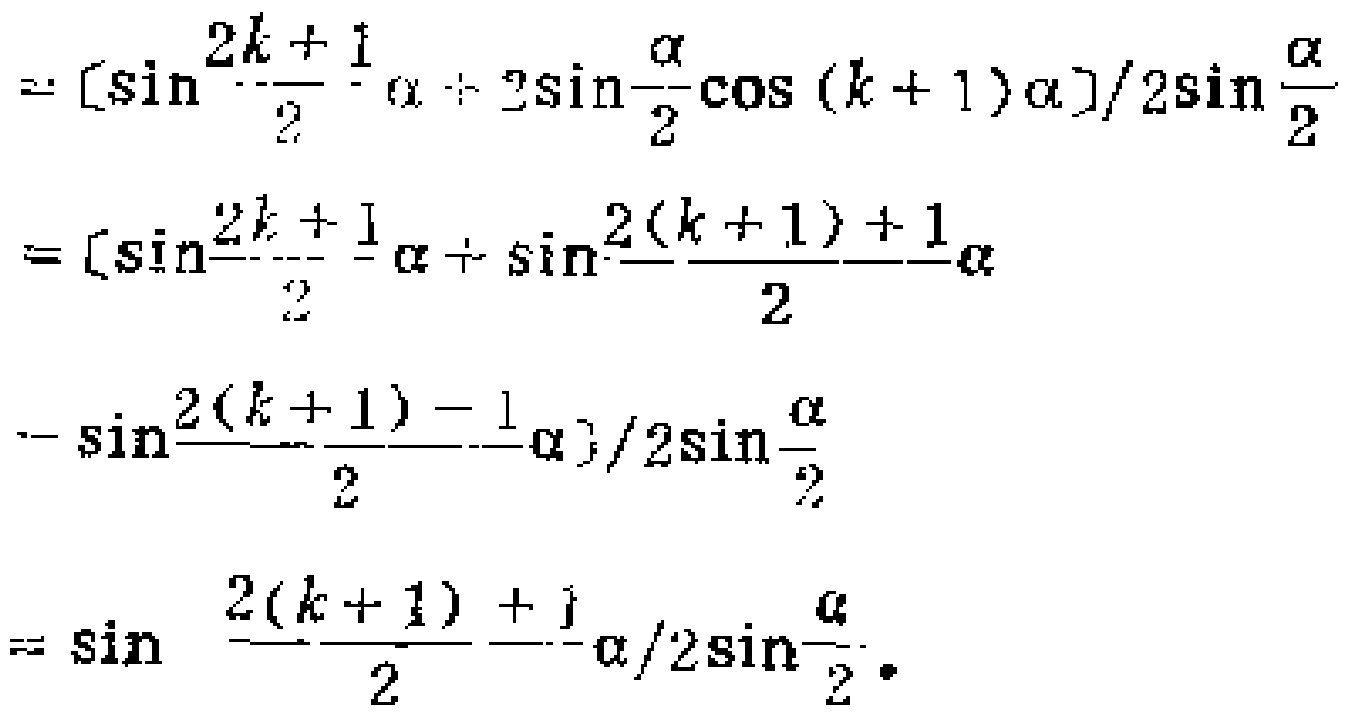
\[

\begin{align*}

&= \left[\sin\frac{2k + 1}{2}\alpha+ 2\sin\frac{\alpha}{2}\cos(k + 1)\alpha\right]/2\sin\frac{\alpha}{2}\\

&= \left[\sin\frac{2k + 1}{2}\alpha+\sin\frac{2(k + 1)+ 1}{2}\alpha\right.\\

&\left.-\sin\frac{2(k + 1)- 1}{2}\alpha\right]/2\sin\frac{\alpha}{2}\\

&= \sin\frac{2(k + 1)+ 1}{2}\alpha/2\sin\frac{\alpha}{2}.

\end{align*}

\]